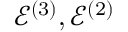
\mathcal { E } ^ { ( 3 ) } , \mathcal { E } ^ { ( 2 ) }